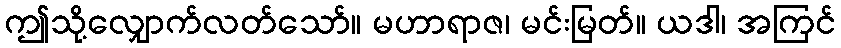
ဤသို့လျှောက်လတ်သော်။ မဟာရာဇ၊ မင်းမြတ်။ ယဒါ၊ အကြင်